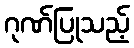
ဂုဏ်ပြုသည့်